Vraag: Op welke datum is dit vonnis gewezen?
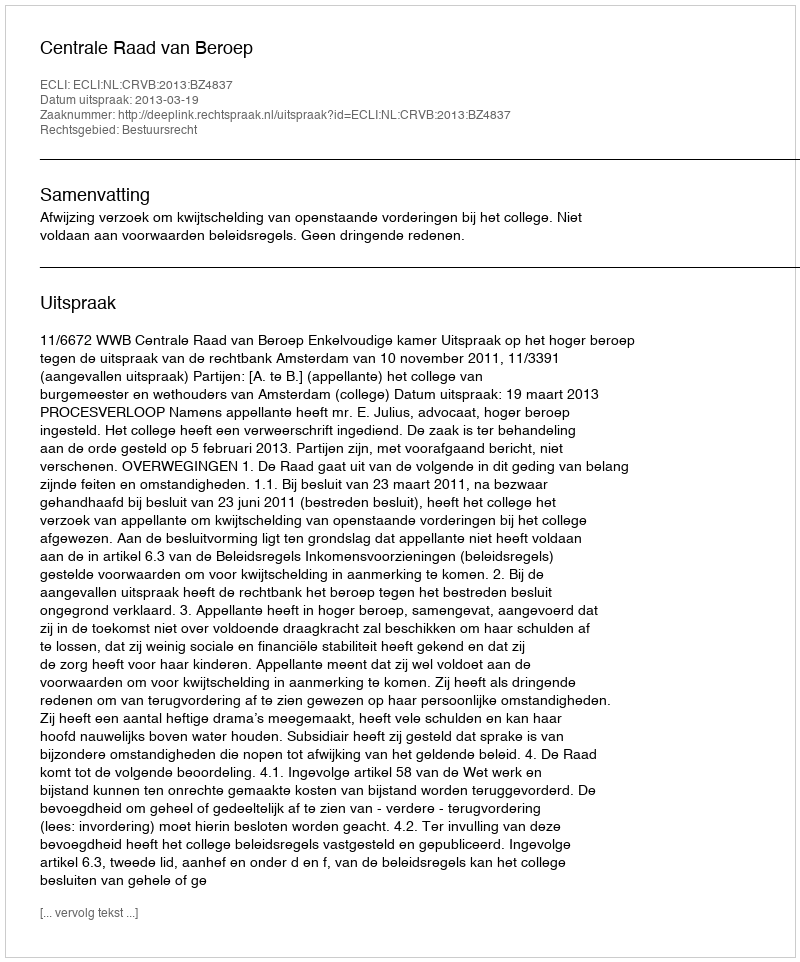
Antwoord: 2013-03-19